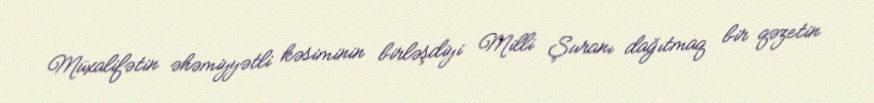
Müxalifətin əhəmiyyətli kəsiminin birləşdiyi Milli Şuranı dağıtmaq bir qəzetin